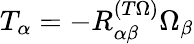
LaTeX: T_{\alpha}=-{R}_{\alpha\beta}^{(T\Omega)}\Omega_{\beta}